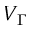
V _ { \Gamma }